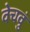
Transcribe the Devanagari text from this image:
वेचवुं